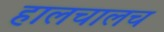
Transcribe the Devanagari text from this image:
हालचालच